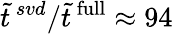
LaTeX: \tilde{t}^{\, svd}/\tilde{t}^{\mathrm{\, full}}\approx 94